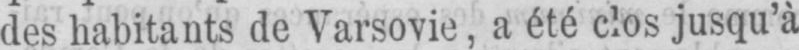
des habitants de Varsovie, a été clos jusqu’à